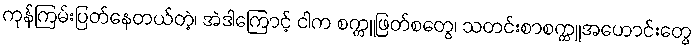
ကုန်ကြမ်းပြတ်နေတယ်တဲ့၊ အဲဒါကြောင့် ငါက စက္ကူဖြတ်စတွေ၊ သတင်းစာစက္ကူအဟောင်းတွေ